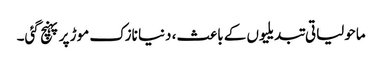
ماحولیاتی تبدیلیوں کے باعث، دنیا نازک موڑ پر پہنچ گئی۔